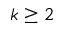
k \geq 2